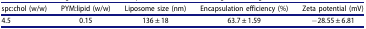
| spc:chol (w/w) | PYM:lipid (w/w) | Liposome size (nm) | Encapsulation efficiency (%) | Zeta potential (mV) |
 | --- | --- | --- | --- | --- |
 | 4.5 | 0.15 | 136 ± 18 | 63.7 ± 1.59 | −28.55 ± 6.81 |